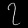
Digit: ၇